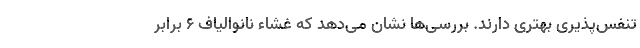
تنفس‌پذیری بهتری دارند. بررسی‌ها نشان می‌دهد که غشاء نانوالیاف ۶ برابر